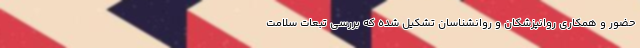
حضور و همکاری روانپزشکان و روانشناسان تشکیل شده که بررسی تبعات سلامت